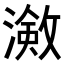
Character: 𭲠